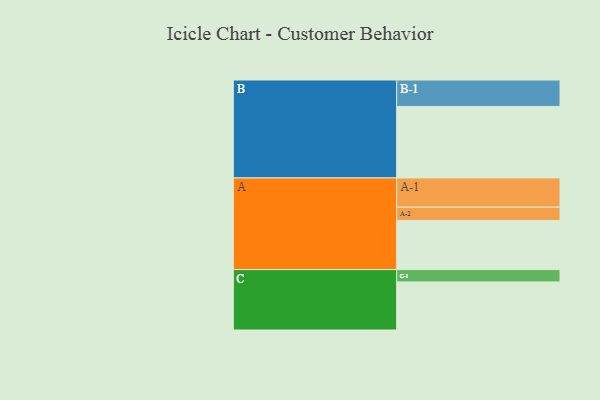
{"axis": {"x": "Segment", "y": "Value"}, "legend": ["", "A", "B", "C"], "data": [{"x": "A", "y": 411, "type": ""}, {"x": "B", "y": 598, "type": ""}, {"x": "C", "y": 402, "type": ""}, {"x": "A-1", "y": 244, "type": "A"}, {"x": "A-2", "y": 111, "type": "A"}, {"x": "B-1", "y": 221, "type": "B"}, {"x": "C-1", "y": 103, "type": "C"}]}